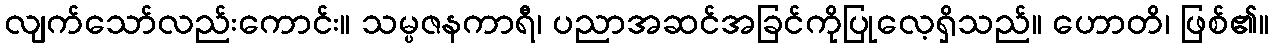
လျက်သော်လည်းကောင်း။ သမ္ပဇနကာရီ၊ ပညာအဆင်အခြင်ကိုပြုလေ့ရှိသည်။ ဟောတိ၊ ဖြစ်၏။